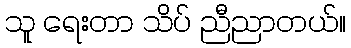
သူ ရေးတာ သိပ် ညီညာတယ်။